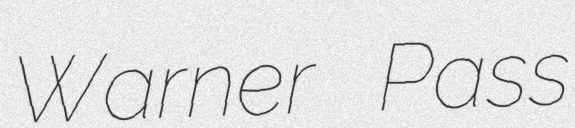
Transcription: Warner Pass